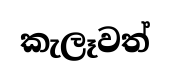
කැලෑවත්